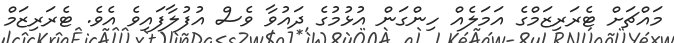
މައްޗަށް ޓެރަރިޒަމްގެ އަމަލެއް ހިންގަން އުޅުމުގެ ދައުވާ ވެސް އުފުލާފައިވެ އެވެ. ޓެރަރިޒަމް